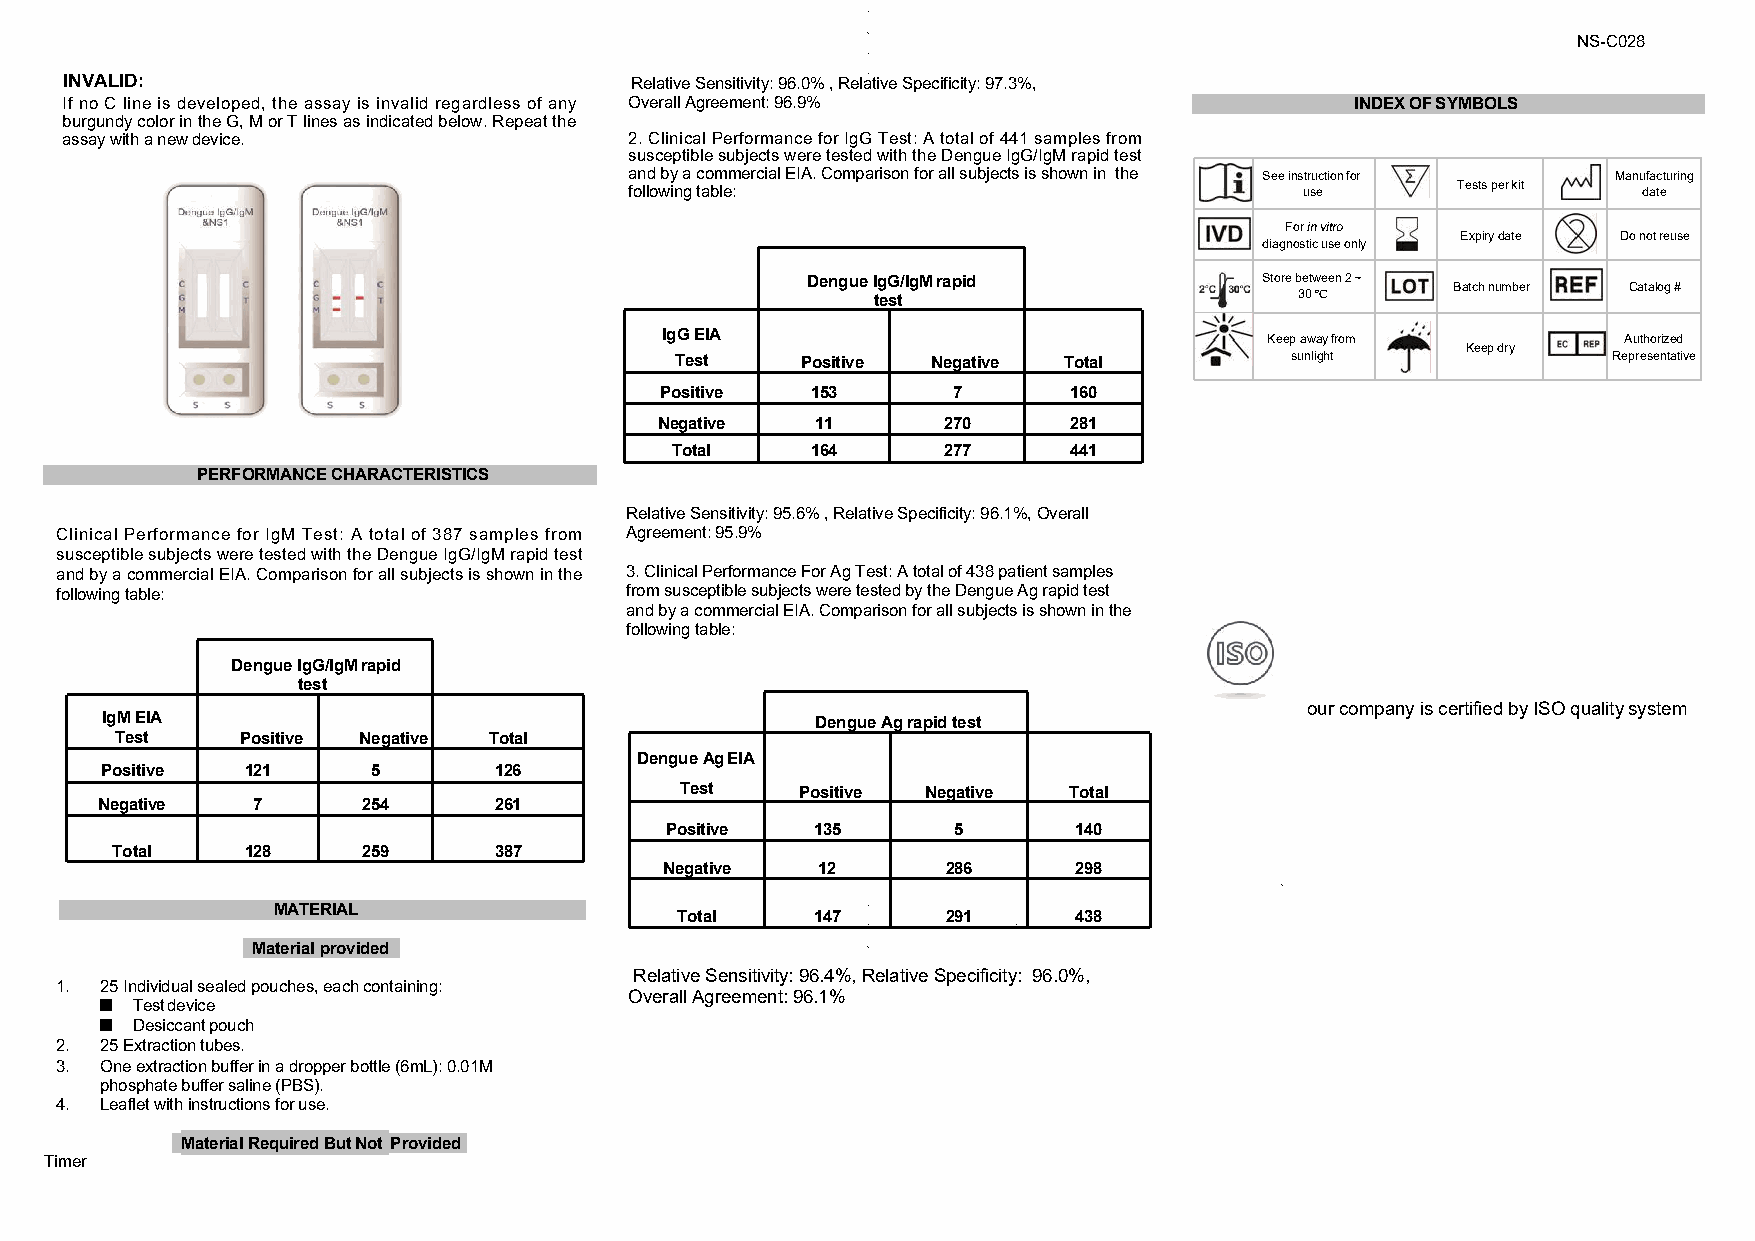
NS-C028
 INVALID:                              Relative Sensitivity: 96.0% , Relative Specificity: 97.3%,
 If no C line is developed, the assay is invalid regardless of any Overall Agreement: 96.9% INDEX OF SYMBOLS
 burgundy color in the G, M or T lines as indicated below. Repeat the
 assay with a new device.              2. Clinical Performance for IgG Test: A total of 441 samples from
 susceptible subjects were tested with the Dengue IgG/IgM rapid test
 and by a commercial EIA. Comparison for all subjects is shown in the See instruction for Manufacturing
 following table:                            use       Tests per kit date
 For in vitro
 Expiry date Do not reuse
 diagnostic use only
 Dengue IgG/IgM rapid           Store between 2 ~ Batch number Catalog #
 test                        30 ºC
 IgG EIA                                 Keep away from         Authorized
 Keep dry
 Test    Positive Negative Total         sunlight              Representative
 Positive  153      7       160
 Negative  11      270      281
 Total     164     277      441
 PERFORMANCE CHARACTERISTICS
 Relative Sensitivity: 95.6% , Relative Specificity: 96.1%, Overall
 Clinical Performance for IgM Test: A total of 387 samples from Agreement: 95.9%
 susceptible subjects were tested with the Dengue IgG/IgM rapid test
 and by a commercial EIA. Comparison for all subjects is shown in the 3. Clinical Performance For Ag Test: A total of 438 patient samples
 following table:                     from susceptible subjects were tested by the Dengue Ag rapid test
 and by a commercial EIA. Comparison for all subjects is shown in the
 following table:
 Dengue IgG/IgM rapid
 test
 our company is certified by ISO quality system
 IgM EIA                                        Dengue Ag rapid test
 Test    Positive Negative Total
 Dengue Ag EIA
 Positive 121      5       126
 Test    Positive Negative Total
 Negative  7      254      261
 Positive  135      5       140
 Total    128     259      387
 Negative  12       286     298
 MATERIAL
 Total    147      291     438
 Materialprovided
 Relative Sensitivity: 96.4%, Relative Specificity: 96.0%,
 1. 25 Individual sealed pouches, each containing:
 ■  Test device                      Overall Agreement: 96.1%
 ■  Desiccant pouch
 2. 25 Extraction tubes.
 3. One extraction buffer in a dropper bottle (6mL): 0.01M
 phosphate buffer saline (PBS).
 4. Leaflet with instructions for use.
 Material Required But Not Provided
 Timer